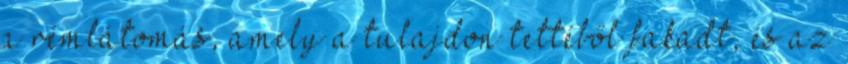
a rémlátomás, amely a tulajdon tettéből fakadt, és az